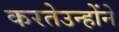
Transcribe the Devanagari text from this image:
करतेउन्होंने